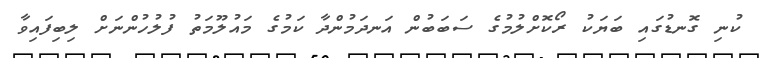
ކުނި ގޮނޑުގައި ބަޔަކު ރޯކޮށްލުމުގެ ސަބަބުން އަނދަމުންދާ ކަމުގެ މައުލޫމަތު ފުލުހުންނަށް ލިބިފައިވާ